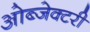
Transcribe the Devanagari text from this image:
ओब्जेक्टरी